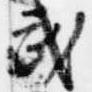
武